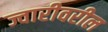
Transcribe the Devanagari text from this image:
ज्वारीवरील